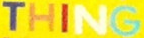
THING